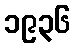
၁၉၃၆